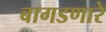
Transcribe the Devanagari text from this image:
बागडणारे